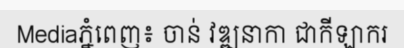
Mediaភ្នំពេញ៖ ចាន់ វឌ្ឍនាកា ជាកីឡាករ